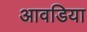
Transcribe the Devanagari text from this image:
आवडिया